Black-water fever - Number 35
Disease focus: Fever
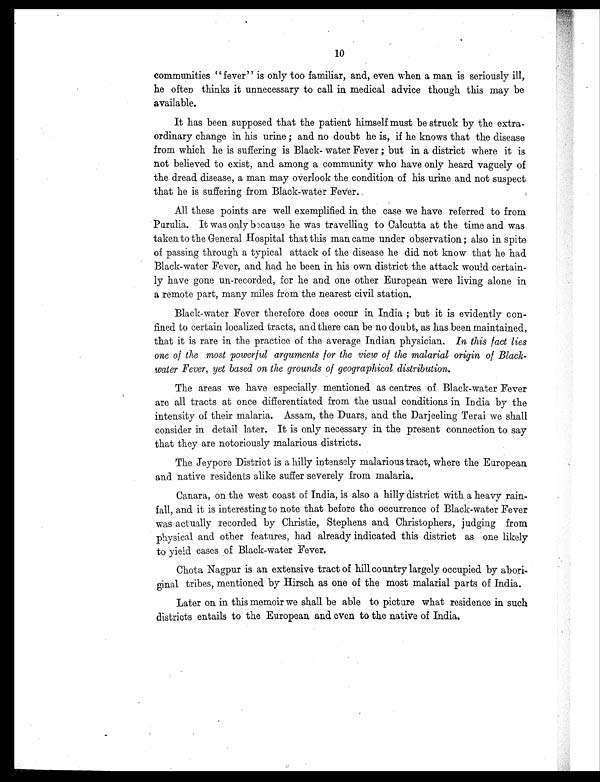
10
communities " fever" is only too familiar, and., even when a man is seriously ill,
he often thinks it unnecessary to call in medical advice though this may be
available.
It has been supposed that the patient himself must be struck by the extra
- o r d i n a r y c h a n g e i n h i s u r i n e ; a n d n o d o u b t h e i s , i f h e k n o w s t h a t t h e d i s e a s e
from which he is suffering is Black-water Fever ; but in a district where it is
not believed to exist, and among a community who have only heard vaguely of
the dread. disease, a man may overlook the condition of his urine and. not suspect
that he is suffering from Black-water Fever.
All these points are well exemplified in the case we have referred to from
Pu r u l i a . I t wa s o n l y b e c a u s e h e wa s t r a v e l l i n g t o Ca l c u t t a a t t h e t i me a n d wa s
taken to the General Hospital that this man came under observation ; also in spite
of passing through a typical attack of the disease he did. not know that he had
Black-water Fever, and. had. he been in his own district the attack would certain
- l y h a v e g o n e u n - r e c o r d e d , f o r h e a n d o n e o t h e r E u r o p e a n w e r e l i v i n g a l o n e i n
a remote part, many miles from the nearest civil station.
Black-water Fever therefore does occur in. India ; but it is evidently con
- f i n e d t o c e r t a i n l o c a l i z e d t r a c t s , a n d t h e r e c a n b e n o d o u b t , a s h a s b e e n m a i n t a i n e d ,
that it is rare in the practice of the average Indian physician. In this fact lies
one of the most powerful arguments for the view of the malarial origin of Black-
water Fever, yet based on the grounds of geographical distribution .
The areas we have especially mentioned as centres of Black-water Fever
are all tracts at once differentiated from the usual conditions in India by the
intensity of their malaria. Assam, the Duars, and the Darjeeling Terai we shall
consider in detail later. It is only necessary in. the present connection to say
that they are notoriously malarious districts.
The Jeypore District is a hilly intensely malarious tract, where the European
and native residents alike suffer severely from malaria.
Canara, on the west coast of India, is also a hilly district with a heavy rain
- f a l l , a n d i t i s i n t e r e s t i n g t o n o t e t h a t b e f o r e t h e o c c u r r e n c e o f B l a c k - w a t e r F e v e r
was actually recorded by Christie, Stephens and. Christophers, judging from
physical and other features, had already indicated this district as one likely
to yield cases of Black-water Fever.
Chota Nagpur is an extensive tract of hill country largely occupied by abori
- g i n a l t r i b e s , m e n t i o n e d b y H i r s c h a s o n e o f t h e m o s t m a l a r i a l p a r t s o f I n d i a .
Later on in this memoir we shall be able to picture what residence in such
districts entails to the European and even to the native of India.